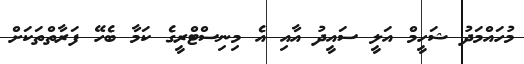
މުހައްމަދު ޝަހީމް އަލީ ސައީދު އާއި އެ މިނިސްޓްރީގެ ކަމާ ބެހޭ ފަރާތްތަކަށް